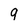
Character: 9